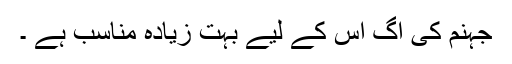
جہنم کی اگ اس کے لیے بہت زیادہ مناسب ہے ۔